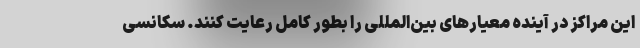
این مراکز در آینده معیارهای بین‌المللی را بطور کامل رعایت کنند. سکانسی